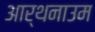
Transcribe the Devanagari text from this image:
आर्थनाउम